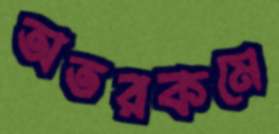
অতরকমে